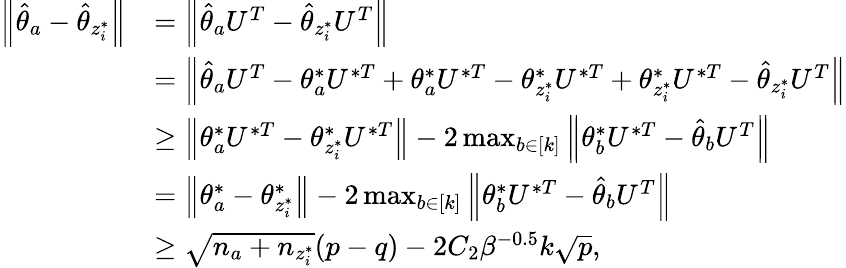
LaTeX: \begin{array}{rl}{\left\| {\hat{\theta}_{a}-\hat{\theta}_{z_{i}^{*}}}\right\| }&{=\left\| {\hat{\theta}_{a}U^{T}-\hat{\theta}_{z_{i}^{*}}U^{T}}\right\| }\\ &{=\left\| {\hat{\theta}_{a}U^{T}-\theta_{a}^{*}U^{*T}+\theta_{a}^{*}U^{*T}-\theta_{z_{i}^{*}}^{*}U^{*T}+\theta_{z_{i}^{*}}^{*}U^{*T}-\hat{\theta}_{z_{i}^{*}}U^{T}}\right\| }\\ &{\geq\left\| {\theta_{a}^{*}U^{*T}-\theta_{z_{i}^{*}}^{*}U^{*T}}\right\| -2\operatorname*{max}_{b\in[k]}\left\| {\theta_{b}^{*}U^{*T}-\hat{\theta}_{b}U^{T}}\right\| }\\ &{=\left\| {\theta_{a}^{*}-\theta_{z_{i}^{*}}^{*}}\right\| -2\operatorname*{max}_{b\in[k]}\left\| {\theta_{b}^{*}U^{*T}-\hat{\theta}_{b}U^{T}}\right\| }\\ &{\geq\sqrt{n_{a}+n_{z_{i}^{*}}}(p-q)-2C_{2}\beta^{-0.5}k\sqrt{p},}\end{array}